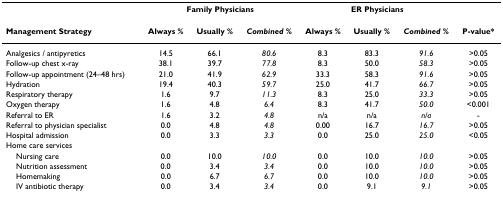
<table><thead><tr><td></td><td colspan="3"><b>Family Physicians</b></td><td colspan="3"><b>ER Physicians</b></td><td></td></tr><tr><td><b>Management Strategy</b></td><td><b>Always %</b></td><td><b>Usually %</b></td><td><b><i>Combined %</i></b></td><td><b>Always %</b></td><td><b>Usually %</b></td><td><b><i>Combined %</i></b></td><td><b>P-value*</b></td></tr></thead><tbody><tr><td>Analgesics / antipyretics</td><td>14.5</td><td>66.1</td><td><i>80.6</i></td><td>8.3</td><td>83.3</td><td><i>91.6</i></td><td>&gt;0.05</td></tr><tr><td>Follow-up chest x-ray</td><td>38.1</td><td>39.7</td><td><i>77.8</i></td><td>8.3</td><td>50.0</td><td><i>58.3</i></td><td>&gt;0.05</td></tr><tr><td>Follow-up appointment (24–48 hrs)</td><td>21.0</td><td>41.9</td><td><i>62.9</i></td><td>33.3</td><td>58.3</td><td><i>91.6</i></td><td>&gt;0.05</td></tr><tr><td>Hydration</td><td>19.4</td><td>40.3</td><td><i>59.7</i></td><td>25.0</td><td>41.7</td><td><i>66.7</i></td><td>&gt;0.05</td></tr><tr><td>Respiratory therapy</td><td>1.6</td><td>9.7</td><td><i>11.3</i></td><td>8.3</td><td>25.0</td><td><i>33.3</i></td><td>&gt;0.05</td></tr><tr><td>Oxygen therapy</td><td>1.6</td><td>4.8</td><td><i>6.4</i></td><td>8.3</td><td>41.7</td><td><i>50.0</i></td><td>&lt;0.001</td></tr><tr><td>Referral to ER</td><td>1.6</td><td>3.2</td><td><i>4.8</i></td><td>n/a</td><td>n/a</td><td><i>n/a</i></td><td>-</td></tr><tr><td>Referral to physician specialist</td><td>0.0</td><td>4.8</td><td><i>4.8</i></td><td>0.00</td><td>16.7</td><td><i>16.7</i></td><td>&gt;0.05</td></tr><tr><td>Hospital admission</td><td>0.0</td><td>3.3</td><td><i>3.3</i></td><td>0.0</td><td>25.0</td><td><i>25.0</i></td><td>&lt;0.05</td></tr><tr><td>Home care services</td><td></td><td></td><td></td><td></td><td></td><td></td><td></td></tr><tr><td> Nursing care</td><td>0.0</td><td>10.0</td><td><i>10.0</i></td><td>0.0</td><td>10.0</td><td><i>10.0</i></td><td>&gt;0.05</td></tr><tr><td> Nutrition assessment</td><td>0.0</td><td>3.4</td><td><i>3.4</i></td><td>0.0</td><td>10.0</td><td><i>10.0</i></td><td>&gt;0.05</td></tr><tr><td> Homemaking</td><td>0.0</td><td>6.7</td><td><i>6.7</i></td><td>0.0</td><td>10.0</td><td><i>10.0</i></td><td>&gt;0.05</td></tr><tr><td> IV antibiotic therapy</td><td>0.0</td><td>3.4</td><td><i>3.4</i></td><td>0.0</td><td>9.1</td><td><i>9.1</i></td><td>&gt;0.05</td></tr></tbody></table>